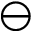
\ominus